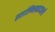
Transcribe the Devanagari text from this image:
स्तालिनग्रादवालों